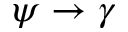
\psi \to \gamma